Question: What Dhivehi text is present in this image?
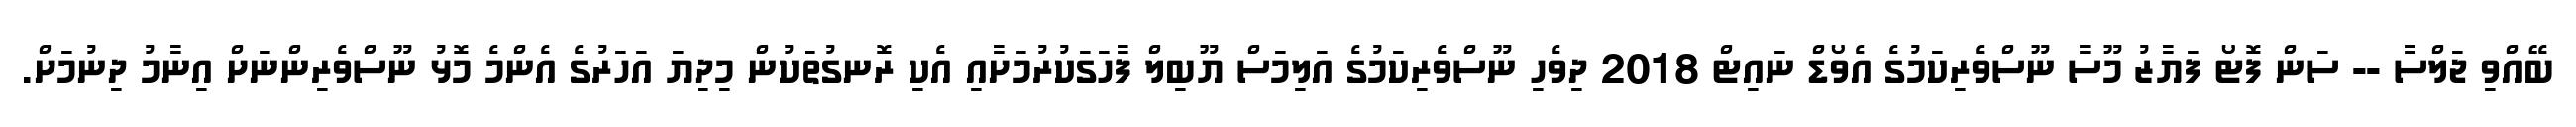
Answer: ބޭއްވި ޖަލްސާ -- ސަން ފޮޓޯ ފަޔާޒު މޫސާ ނޫސްވެރިކަމުގެ އެވޯޑް ނައިޓް 2018 ދިވެހި ނޫސްވެރިކަމުގެ އަލިމަސް ޔޫބިލް ފާހަގަކުރުމަށާއި އެކި ރޮނގުތަކުން މިދިޔަ އަހަރުގެ އެންމެ މޮޅު ނޫސްވެރިންނަށް އިނާމު ދިނުމަށް.